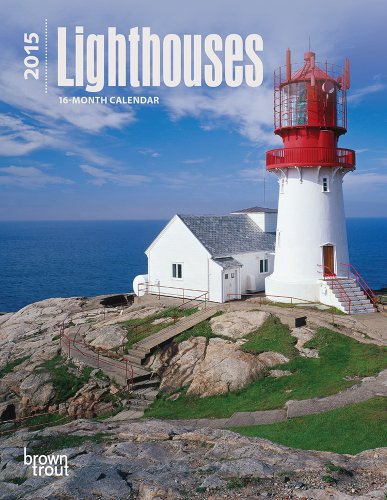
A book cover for Lighthouses 2015 Engagement (Multilingual Edition); BrownTrout; Calendars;